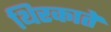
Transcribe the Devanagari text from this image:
थिरकाते